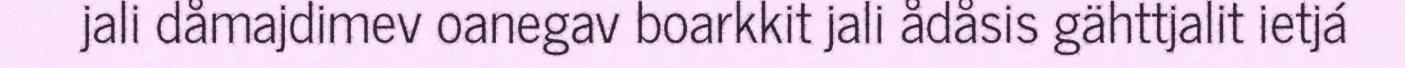
jali dåmajdimev oanegav boarkkit jali ådåsis gähttjalit ietjá